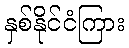
နှစ်နိုင်ငံကြား